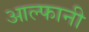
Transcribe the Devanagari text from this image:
आल्फानी